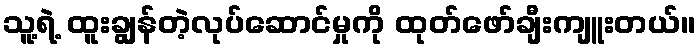
သူ့ရဲ့ ထူးချွန်တဲ့လုပ်ဆောင်မှုကို ထုတ်ဖော်ချီးကျူးတယ်။